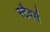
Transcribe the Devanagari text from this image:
स्टैवर्स